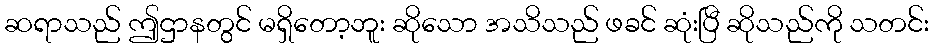
ဆရာသည် ဤဌာနတွင် မရှိတော့ဘူး ဆိုသော အသိသည် ဖခင် ဆုံးပြီ ဆိုသည်ကို သတင်း